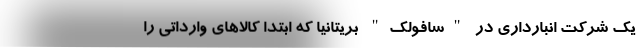
یک شرکت انبارداری در "سافولک" بریتانیا که ابتدا کالاهای وارداتی را